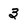
Character: 3